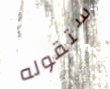
ستقوله